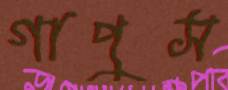
গাপুস